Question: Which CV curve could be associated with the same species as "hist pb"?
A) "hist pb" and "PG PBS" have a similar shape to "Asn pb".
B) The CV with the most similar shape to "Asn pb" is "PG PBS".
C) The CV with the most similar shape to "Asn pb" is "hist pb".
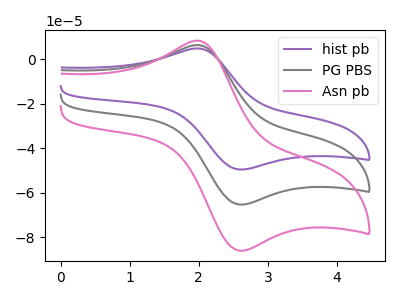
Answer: <think>The purple curve "hist pb" has an anodic peak at (1.95V, 12.45uA) and a cathodic peak at (2.60V, -130.70uA). The gray curve "PG PBS" has an anodic peak at (1.95V, 6.25uA) and a cathodic peak at (2.60V, -65.35uA). The pink curve "Asn pb" has an anodic peak at (1.95V, 8.20uA) and a cathodic peak at (2.60V, -86.05uA).
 All the peaks in "hist pb" have a peak in "PG PBS" at the same potential. Every peak in "hist pb" is higher than every peak in "PG PBS". All the peaks in "hist pb" have a peak in "Asn pb" at the same potential. Every peak in "hist pb" is higher than every peak in "Asn pb". All the peaks in "PG PBS" have a peak in "Asn pb" at the same potential. Every peak in "PG PBS" is lower than every peak in "Asn pb".</think>
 <answer>A) "hist pb" and "PG PBS" have a similar shape to "Asn pb".</answer>
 <eval>A</eval>